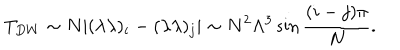
T _ { D W } \sim N | ( \lambda \lambda ) _ { i } - ( \lambda \lambda ) _ { j } | \sim N ^ { 2 } \Lambda ^ { 3 } \sin { { \frac { ( i - j ) \pi } { N } } } .